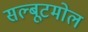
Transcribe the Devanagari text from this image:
सल्बूटमोल